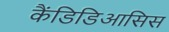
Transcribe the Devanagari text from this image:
कैंडिडिआसिस